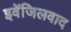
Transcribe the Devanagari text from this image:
इवेंजिलवाद